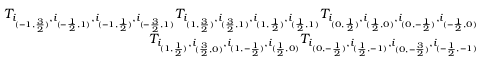
\begin{array} { r } { T _ { i _ { ( - 1 , \frac { 3 } { 2 } ) } , i _ { ( - \frac { 1 } { 2 } , 1 ) } , i _ { ( - 1 , \frac { 1 } { 2 } ) } , i _ { ( - \frac { 3 } { 2 } , 1 ) } } T _ { i _ { ( 1 , \frac { 3 } { 2 } ) } , i _ { ( \frac { 3 } { 2 } , 1 ) } , i _ { ( 1 , \frac { 1 } { 2 } ) } , i _ { ( \frac { 1 } { 2 } , 1 ) } } T _ { i _ { ( 0 , \frac { 1 } { 2 } ) } , i _ { ( \frac { 1 } { 2 } , 0 ) } , i _ { ( 0 , - \frac { 1 } { 2 } ) } , i _ { ( - \frac { 1 } { 2 } , 0 ) } } } \\ { T _ { i _ { ( 1 , \frac { 1 } { 2 } ) } , i _ { ( \frac { 3 } { 2 } , 0 ) } , i _ { ( 1 , - \frac { 1 } { 2 } ) } , i _ { ( \frac { 1 } { 2 } , 0 ) } } T _ { i _ { ( 0 , - \frac { 1 } { 2 } ) } , i _ { ( \frac { 1 } { 2 } , - 1 ) } , i _ { ( 0 , - \frac { 3 } { 2 } ) } , i _ { ( - \frac { 1 } { 2 } , - 1 ) } } } \end{array}